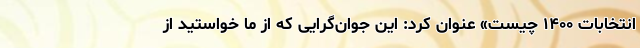
انتخابات ۱۴۰۰ چیست» عنوان کرد: این جوان‌گرایی که از ما خواستید از